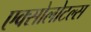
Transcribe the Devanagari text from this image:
एक्सोलोटल्स